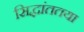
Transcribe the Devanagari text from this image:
सिद्धांततया